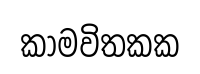
කාමවිතකක